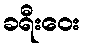
ခရီးဝေး